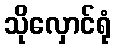
သိုလှောင်ရုံ